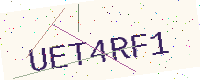
Text: UET4RF1